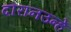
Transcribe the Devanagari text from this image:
दौरानउन्हें